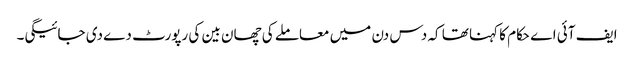
ایف آئی اے حکام کا کہنا تھا کہ دس دن میں معاملے کی چھان بین کی رپورٹ دے دی جائیگی۔